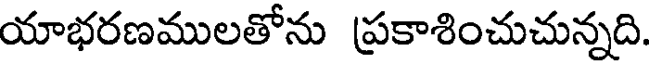
యాభరణములతోను ప్రకాశించుచున్నది.